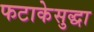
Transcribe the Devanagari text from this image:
फटाकेसुद्धा